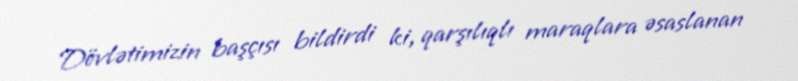
Dövlətimizin başçısı bildirdi ki, qarşılıqlı maraqlara əsaslanan